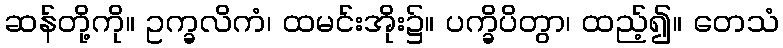
ဆန်တို့ကို။ ဥက္ခလိကံ၊ ထမင်းအိုး၌။ ပက္ခိပိတွာ၊ ထည့်၍။ တေသံ